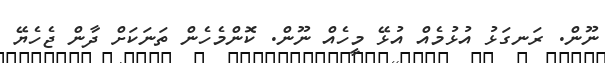
ނޫން. ރަނގަޅު އުޅުމެއް އުޅޭ މީހެއް ނޫން. ކޮންމެހެން ތަނަކަށް ދާން ޖެހެޔޭ